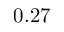
0 . 2 7